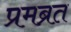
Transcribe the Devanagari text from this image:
प्रमब्रत